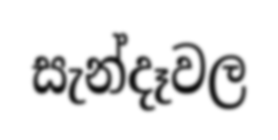
සැන්දෑවල